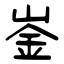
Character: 崟